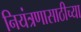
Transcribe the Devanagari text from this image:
नियंत्रणासाठीच्या